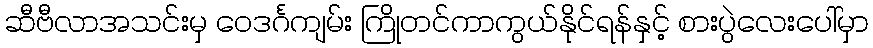
ဆီဗီလာအသင်းမှ ဝေဒင်္ဂကျမ်း ကြိုတင်ကာကွယ်နိုင်ရန်နှင့် စားပွဲလေးပေါ်မှာ